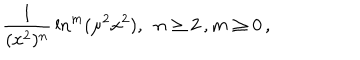
{ \frac { 1 } { ( x ^ { 2 } ) ^ { n } } } \ln ^ { m } ( \mu ^ { 2 } x ^ { 2 } ) , ~ ~ n \geq 2 \, , m \geq 0 \, ,